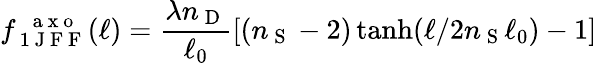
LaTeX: f_{\mathrm{~1~J~F~F~}}^{\mathrm{~\, ~a~x~o~}}(\ell)=\frac{\lambda n_{\mathrm{~D~}}}{\ell_{0}}[(n_{\mathrm{~S~}}-2)\operatorname{tanh}(\ell/2n_{\mathrm{~S~}}\ell_{0})-1]